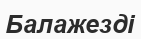
Балажезді